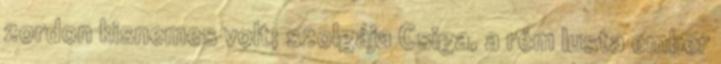
zordon kisnemes volt; szolgája Csiga, a rém lusta ember